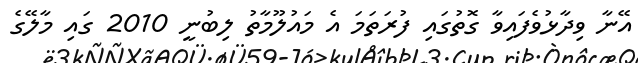
އޭނާ ވިދާޅުވެފައިވާ ގޮތުގައި ފުރަތަމަ އެ މައުލޫމާތު ލިބުނީ 2010 ގައި މާލޭގެ